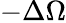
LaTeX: -\Delta\Omega